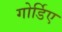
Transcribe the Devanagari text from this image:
गोर्डिए